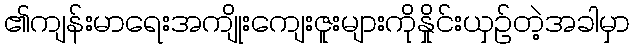
၏ကျန်းမာရေးအကျိုးကျေးဇူးများကိုနှိုင်းယှဉ်တဲ့အခါမှာ